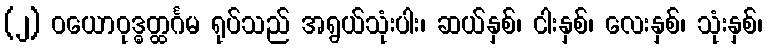
(၂) ဝယောဝုဒ္ဓတ္ထင်္ဂမ ရုပ်သည် အရွယ်သုံးပါး၊ ဆယ်နှစ်၊ ငါးနှစ်၊ လေးနှစ်၊ သုံးနှစ်၊